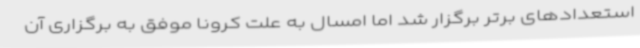
استعدادهای برتر برگزار شد اما امسال به علت کرونا موفق به برگزاری آن